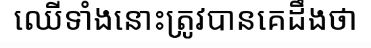
ឈើទាំងនោះត្រូវបានគេដឹងថា